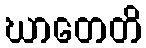
ဃာတေတိ